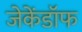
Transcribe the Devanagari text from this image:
जेकेंडॉफ